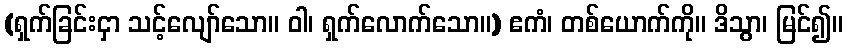
(ရှက်ခြင်းငှာ သင့်လျော်သော။ ဝါ၊ ရှက်လောက်သော။) ဧကံ၊ တစ်ယောက်ကို။ ဒိသွာ၊ မြင်၍။